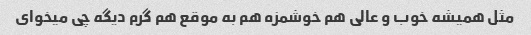
مثل همیشه خوب و عالی هم خوشمزه هم به موقع هم گرم دیگه چی میخوای